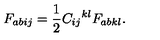
F _ { a b i j } = \frac 1 2 { C _ { i j } } ^ { k l } { F _ { a b k l } } .